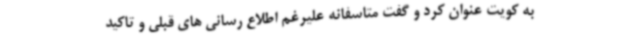
به کویت عنوان کرد و گفت متاسفانه علیرغم اطلاع رسانی های قبلی و تاکید